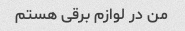
من در لوازم برقی هستم